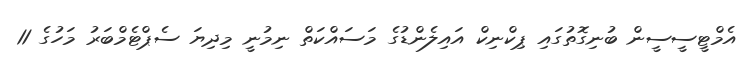
އެމްޓީސީސީން ބުނިގޮތުގައި ޕިކްނިކް އައިލެންޑުގެ މަސައްކަތް ނިމުނީ މިދިޔަ ސެޕްޓެމްބަރު މަހުގެ 11